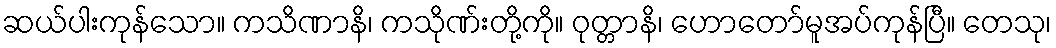
ဆယ်ပါးကုန်သော။ ကသိဏာနိ၊ ကသိုဏ်းတို့ကို။ ဝုတ္တာနိ၊ ဟောတော်မူအပ်ကုန်ပြီ။ တေသု၊